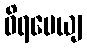
ဝိရမေယျ